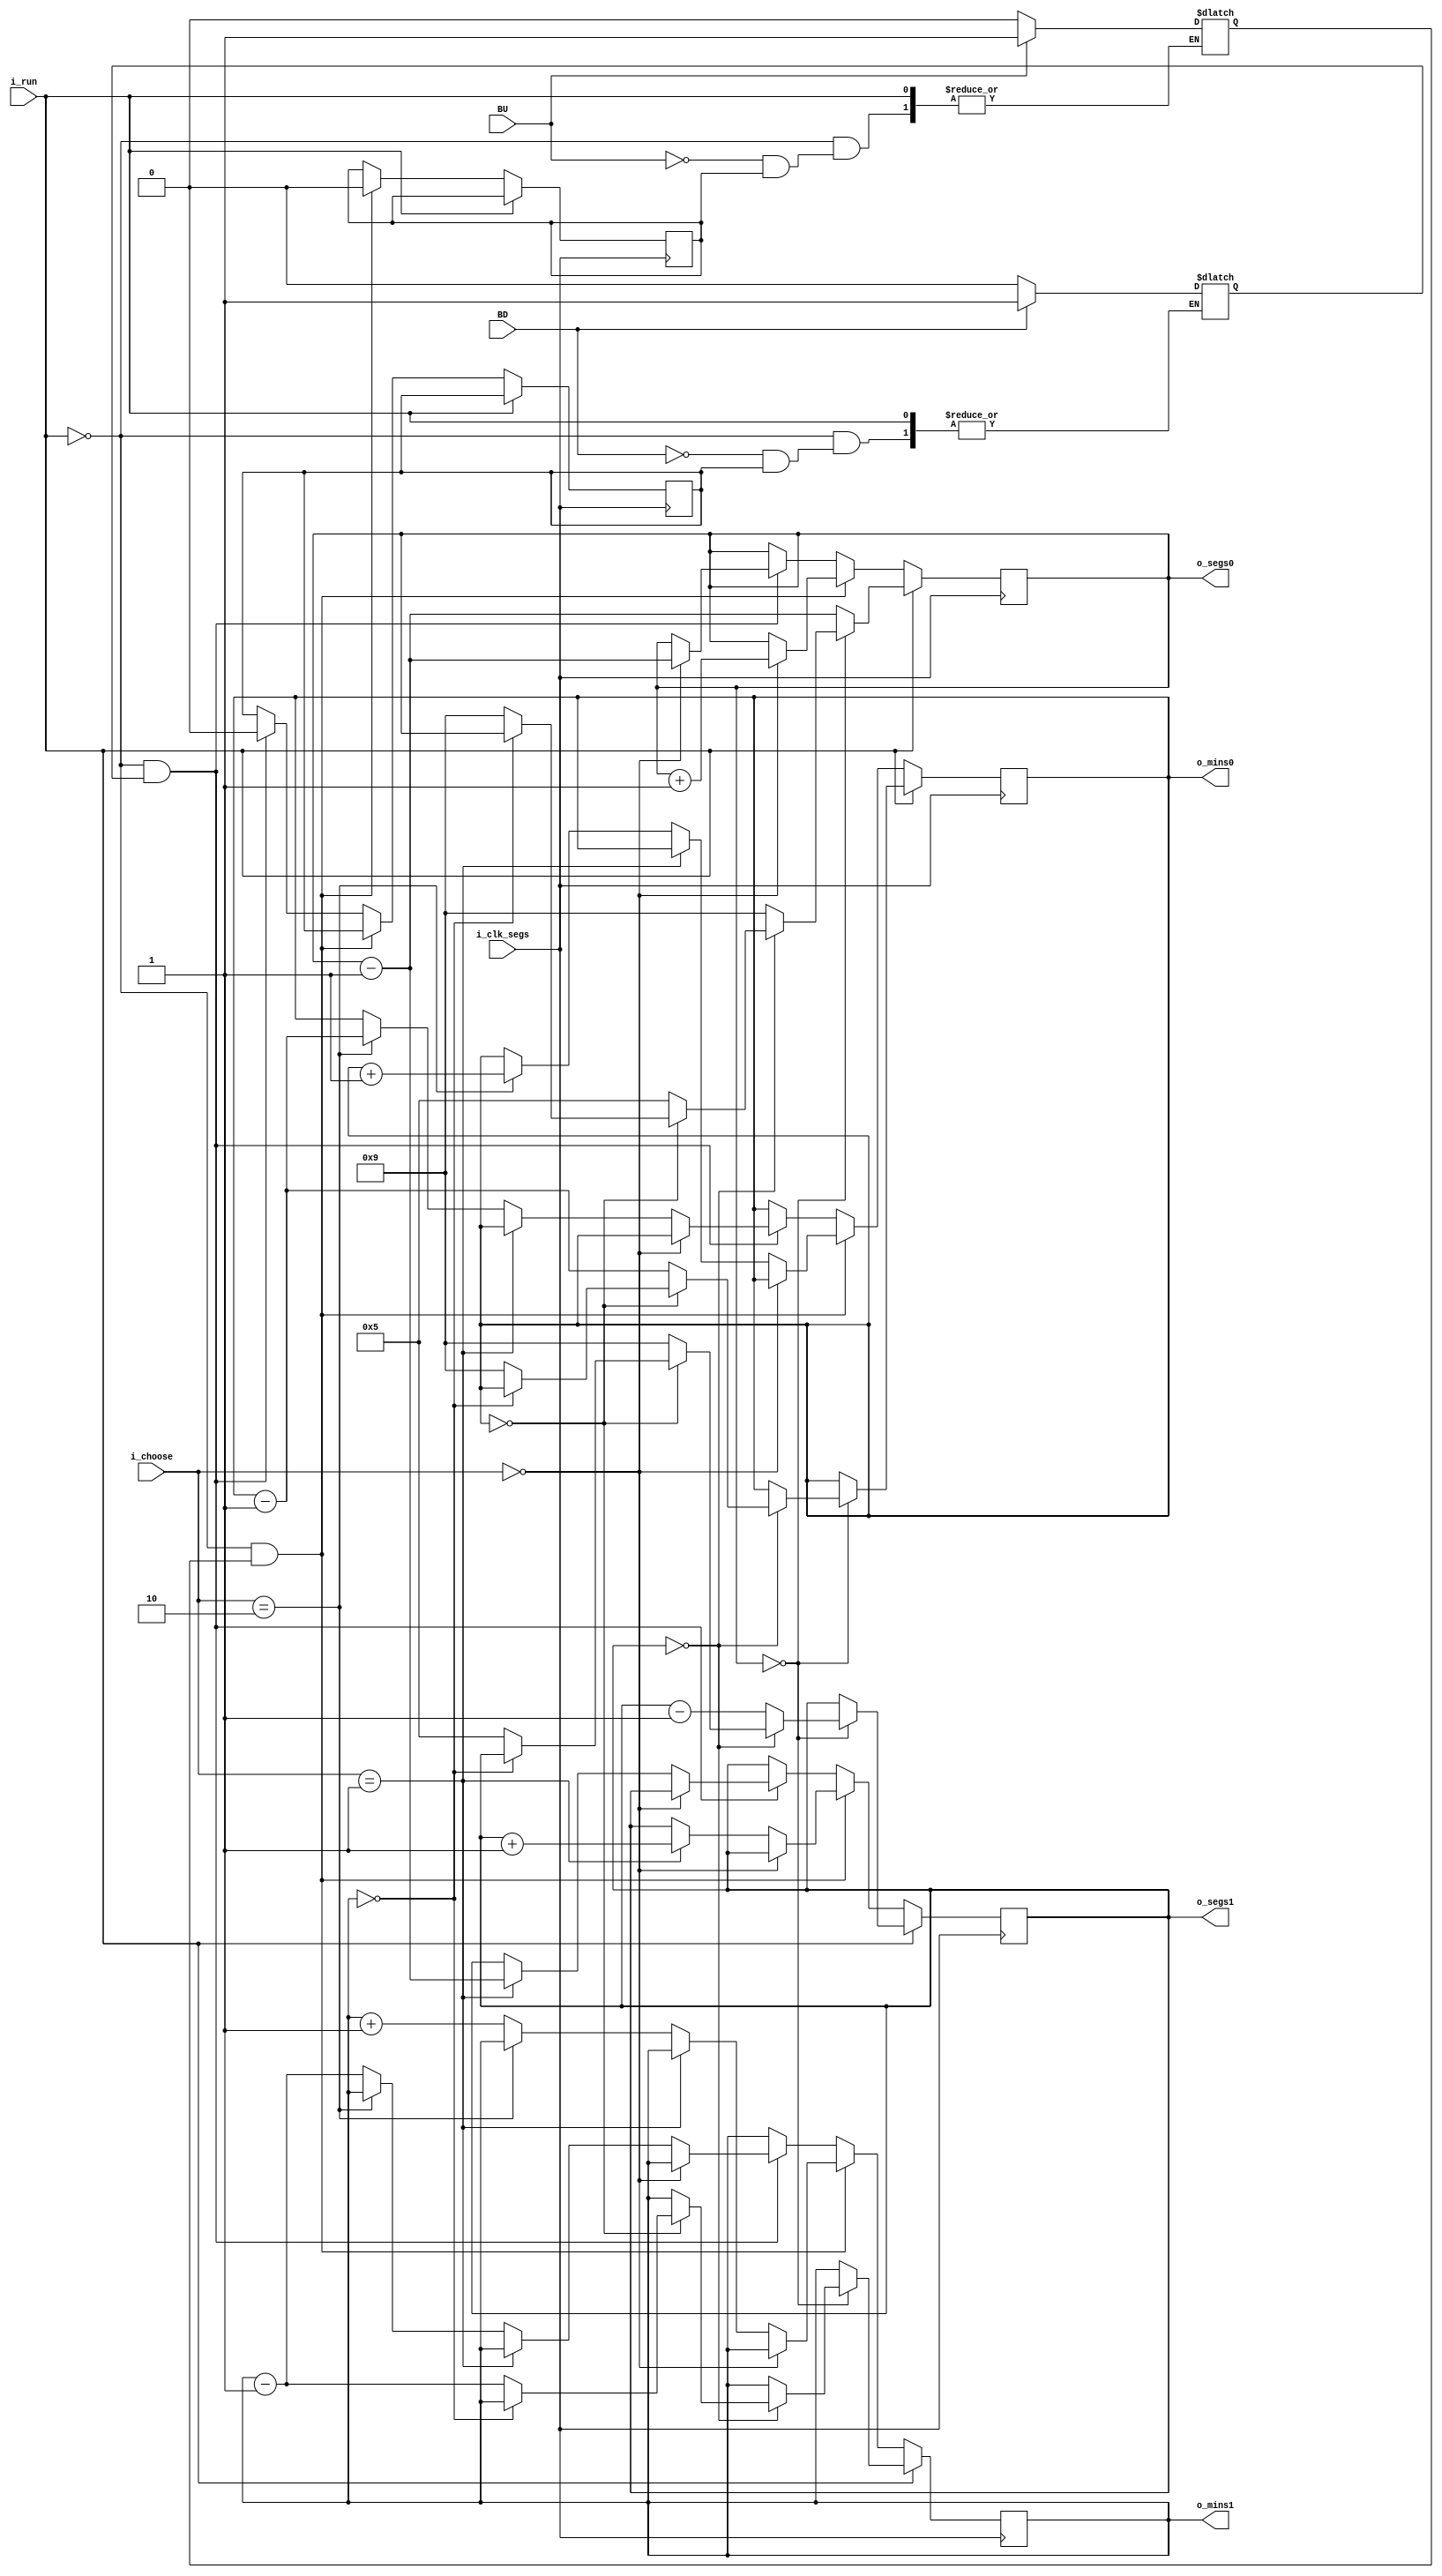
`timescale 1ns / 1ps
//////////////////////////////////////////////////////////////////////////////////
// Company: 
// Engineer: 
// 
// Design Name: 
// Module Name:    timer 
// Project Name: 
// Target Devices: 
// Tool versions: 
// Description: 
//
// Dependencies: 
//
// Revision: 
// Revision 0.01 - File Created
// Additional Comments: 
//
//////////////////////////////////////////////////////////////////////////////////
module timer(
	//input wire i_clk,
	input wire i_clk_segs,
	input wire i_run,
	input wire [1:0] i_choose,
	input wire BU,
	input wire BD,
	output wire [3:0] o_mins0,
	output wire [3:0] o_mins1,
	output wire [3:0] o_segs0,
	output wire [3:0] o_segs1
    );

//las sentencias comentadas en este documento eran para que este modulo se encargara de contar segundos, ahora tiene una entrada en segundos
//reg [25:0] q=26'd0;// variable que sirve de contador para dividir la frcuencia y aumentar el periodo
//wire segs;


reg [3:0] reg_mins1 = 4'd0;
reg [3:0] reg_mins0 = 4'd0;
reg [3:0] reg_segs1 = 4'd9;
reg [3:0] reg_segs0 = 4'd0;

reg flagU =1'd0;
reg flagD =1'd0;
reg flag_need_add=1'd0;
reg flag_need_sub=1'd0;

always@(*)begin 
	if(i_run==1'd0) begin
		if(BU) begin
			flagU<=1'b1; 
		end else if (flag_need_add==1'd0) begin 
			flagU<=1'd0;
		end
	end
end

always@(*)begin 
	if(i_run==1'd0) begin
		if(BD) begin
			flagD<=1'b1; 
		end else if (flag_need_sub==1'd0) begin 
			flagD<=1'd0;
		end
	end
end

always@(posedge i_clk_segs) begin
//always@(posedge i_clk_segs or posedge BU or posedge BD) begin
	//if(i_clk_segs) begin
		if(i_run) begin 
			if(reg_segs0==4'd0) begin
				if(reg_segs1==4'd0)begin
					if(reg_mins0==4'd0) begin
						if(reg_mins1==4'b0)begin
							//pass
						end else begin
							reg_mins1<=reg_mins1-4'b1;
							reg_mins0<=4'd9;
							reg_segs1<=4'd5;
							reg_segs0<=4'd9;
						end
					end else begin
						reg_segs0<=4'd5;
						reg_segs1<=4'd9;
						reg_mins0<=reg_mins0-4'd1;
					end
				end else begin 
					reg_segs0<=4'd9;
					reg_segs1<=reg_segs1-4'd1;
				end
			end else begin
				reg_segs0<=reg_segs0-4'd1;
			end
		end else if (i_run==1'd0 && flagU==1'd1) begin
			flag_need_add<=0;
			if(i_choose==2'b00) begin
				reg_segs0<=reg_segs0+4'd1;
			end else if (i_choose==2'b01) begin
				reg_segs1<=reg_segs1+4'd1;
			end else if (i_choose==2'b10) begin
				reg_mins0<=reg_mins0+4'd1;
			end else begin
				reg_mins1<=reg_mins1+4'd1;
			end
		end else if (i_run==1'd0 && flagD==1'd1) begin
			flag_need_sub<=0;
			if(i_choose==2'b00)begin
				reg_segs0<=reg_segs0-4'd1;
			end else if (i_choose==2'b01) begin
				reg_segs1<=reg_segs0-4'd1;
			end else if (i_choose==2'b10) begin
				reg_mins0<=reg_mins0-4'd1;
			end else begin //(i_choose==2'b11)
				reg_mins1<=reg_mins1-4'd1;
			end
		end
		
/*		end else if (BU && i_run==1'd0) begin 
			reg_segs0<=reg_segs0;
			reg_segs1<=reg_segs1;
			reg_mins0<=reg_mins0;
			reg_mins1<=reg_mins1;
			if (i_choose == 2'b00) begin
				reg_segs0 <= reg_segs0 + 1'b1;
			end else if (i_choose==2'b01) begin
				reg_segs1 <= reg_segs1 + 1'b1;
			end else if (i_choose==2'b10) begin
				reg_mins0 <= reg_mins0 + 1'b1;
			end else begin //(i_choose==2'b11)
				reg_mins1 <= reg_mins1 + 1'b1;
			end
		end*/
/*		end else if (BD && i_run==1'd0) begin 
			if (i_choose == 2'b00) begin
				reg_segs0 <= reg_segs0 - 1'b1;
			end else if (i_choose==2'b01) begin
				reg_segs1 <= reg_segs1 - 1'b1;
			end else if (i_choose==2'b10) begin
				reg_mins0 <= reg_mins0 - 1'b1;
			end else begin //(i_choose==2'b11)
				reg_mins1 <= reg_mins1 - 1'b1;
			end
		end 
*/
end

assign o_segs0 = reg_segs0;
assign o_segs1 = reg_segs1;
assign o_mins0 = reg_mins0;
assign o_mins1 = reg_mins1;


endmodule